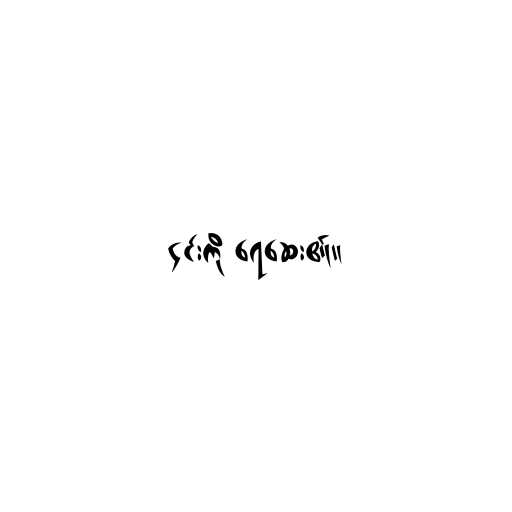
၎င်းကို ရေဆေး၏။